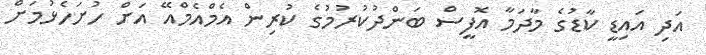
އަދި އައިޑީ ކާޑުގެ މާދަމާ އޮފީސް ބަންދުކުރުމުގެ ކުރިން އެމްއެމްއޭ އަށް ހުށަހެޅުމަށް